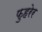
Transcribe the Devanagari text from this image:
फुहरेर